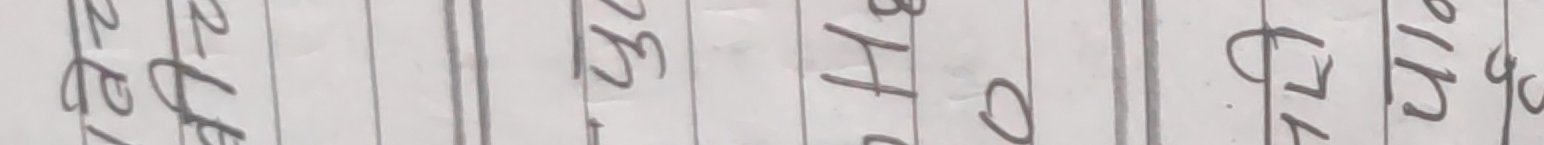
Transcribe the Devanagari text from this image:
दुरदुर ३/५५००